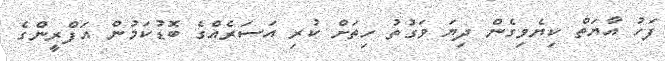
ފަހު އާޔަތް ކިޔެވިގެން ދިޔަ ވަގުތު ހިތަށް ކުރި އަސަރެއްގެ ބޮޑުކަމުން އަފްރީންގެ